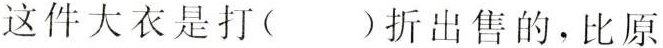
这件大衣是打( )折出售的，比原